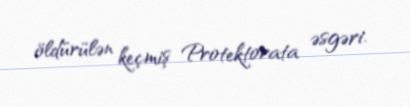
öldürülən keçmiş Protektorata əsgəri.